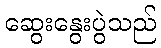
ဆွေးနွေးပွဲသည်